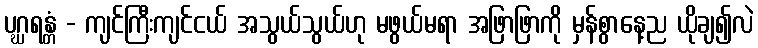
ပဂ္ဃရန္တံ - ကျင်ကြီးကျင်ငယ် အသွယ်သွယ်ဟု မဖွယ်မရာ အဖြာဖြာကို မှန်စွာနေ့ည ယိုချ၍လဲ